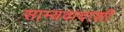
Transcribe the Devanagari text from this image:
साम्यवादाशी